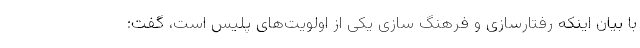
با بیان اینکه رفتارسازی و فرهنگ سازی یکی از اولویت‌های پلیس است، گفت: